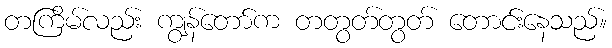
တကြိမ်လည်း ကျွန်တော်က တတွတ်တွတ် တောင်းနေသည်။